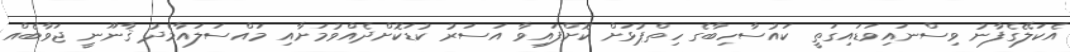
އެކަލޭގެފާނު ވިސްނައިވަޑައިގަތީ ކައުސާހިބާގެ ހިތްޕުޅަށް ކޮށްފައިވާ އަސަރު ކުޑަކޮށްދެއްވުމަށާއި މައްސަލައާމެދު ޤާނޫނީ ޖަވާބެއް